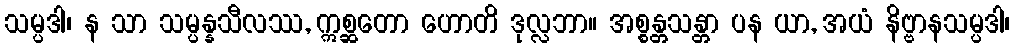
သမ္ပဒါ၊ န သာ သမ္ပန္နသီလဿ, ဣစ္ဆတော ဟောတိ ဒုလ္လဘာ။ အစ္စန္တသန္တာ ပန ယာ, အယံ နိဗ္ဗာနသမ္ပဒါ၊